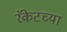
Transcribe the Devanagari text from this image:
रॅकेटच्या